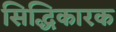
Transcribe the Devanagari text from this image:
सिद्धिकारक